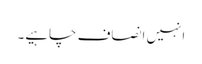
انہیں انصاف چاہیے۔